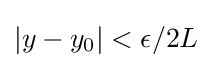
|y-y_{0}|<\epsilon /2L